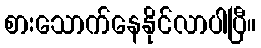
စားသောက်နေနိုင်လာပါပြီ။